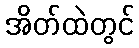
အိတ်ထဲတွင်